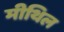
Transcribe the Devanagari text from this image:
मीथिल